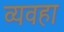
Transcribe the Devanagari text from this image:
व्यवहा